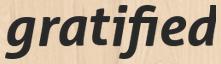
gratified